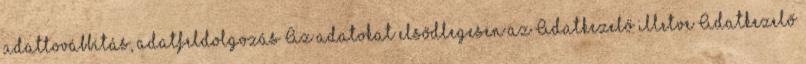
adattovábbítás, adatfeldolgozás Az adatokat elsődlegesen az Adatkezelő illetve Adatkezelő